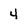
Character: 4